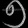
Digit: ၅